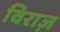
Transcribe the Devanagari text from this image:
विराज़